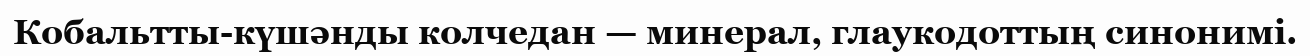
Кобальтты-күшәнды колчедан — минерал, глаукодоттың синонимі.